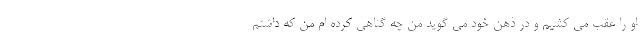
او را عقب می کشیم و در ذهن خود می گوید من چه گناهی کرده ام من که داشتم